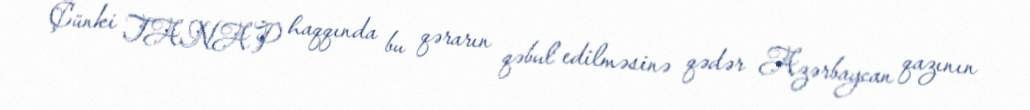
Çünki TANAP haqqında bu qərarın qəbul edilməsinə qədər Azərbaycan qazının